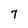
Character: 7